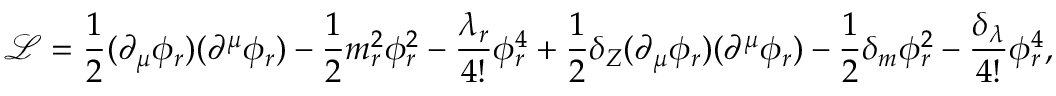
{ \mathcal { L } } = { \frac { 1 } { 2 } } ( \partial _ { \mu } \phi _ { r } ) ( \partial ^ { \mu } \phi _ { r } ) - { \frac { 1 } { 2 } } m _ { r } ^ { 2 } \phi _ { r } ^ { 2 } - { \frac { \lambda _ { r } } { 4 ! } } \phi _ { r } ^ { 4 } + { \frac { 1 } { 2 } } \delta _ { Z } ( \partial _ { \mu } \phi _ { r } ) ( \partial ^ { \mu } \phi _ { r } ) - { \frac { 1 } { 2 } } \delta _ { m } \phi _ { r } ^ { 2 } - { \frac { \delta _ { \lambda } } { 4 ! } } \phi _ { r } ^ { 4 } ,